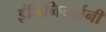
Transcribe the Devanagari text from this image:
इंजिनियर्सनी